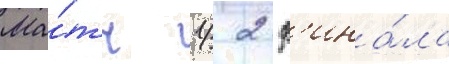
Ма́тч 1/ 2 ф'ина́ла